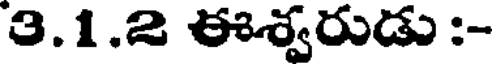
3.1.2 ఈశ్వరుడు :-